Report on the working of the Ranchi Indian Mental Hospital, Kanke, in Bihar and Orissa - 1930-1940
Year: 1930
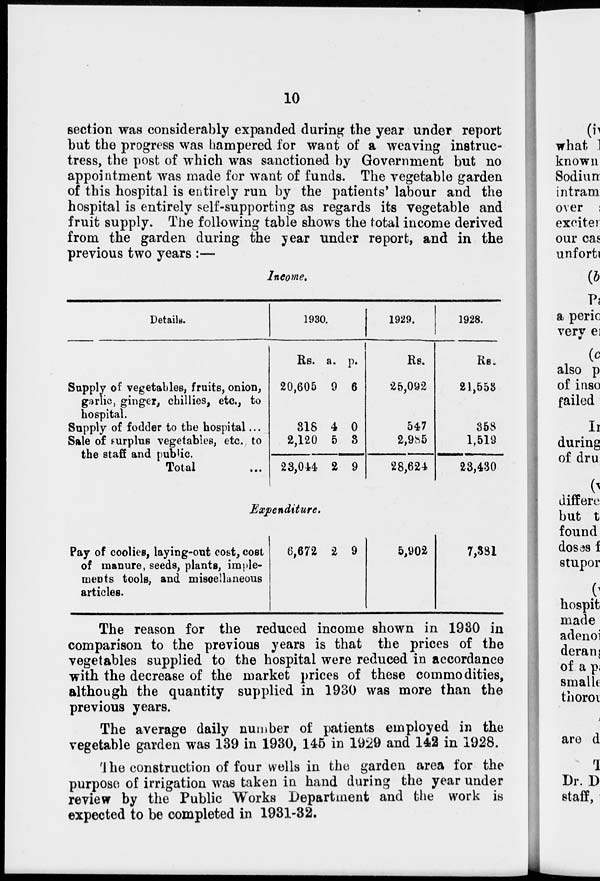
10
section was considerably expanded during the year under report
but the progress was hampered for want of a weaving instruc-
tress, the post of which was sanctioned by Government but no
appointment was made for want of funds. The vegetable garden
of this hospital is entirely run by the patients' labour and the
hospital is entirely self-supporting as regards its vegetable and
fruit supply. The following table shows the total income derived
from the garden during the year under report, and in the
previous two years :—
Income.
Details.
Supply of vegetables, fruits, onion,
garlic, ginger, chillies, etc., to
hospital.
Supply of fodder to the hospital ...
Sale of surplus vegetables, etc. to
the staff and public.
Total ...
1930.
Rs.
20,605
316
2,120
23,044
a.
9
4
5
2
p.
6
0
3
9
1929.
Rs.
25,092
547
2,985
28,624
1928.
Rs.
21,553
358
1,519
23,430
Expenditure.
Pay of coolies, laying-out cost, cost
of manure, seeds, plants, imple-
ments tools, and miscellaneous
articles.
6,672 2 9
5,902
7,381
The reason for the reduced income shown in 1930 in
comparison to the previous years is that the prices of the
vegetables supplied to the hospital were reduced in accordance
with the decrease of the market prices of these commodities,
although the quantity supplied in 1930 was more than the
previous years.
The average daily number of patients employed in the
vegetable garden was 139 in 1930, 145 in 1929 and 142 in 1928.
The construction of four wells in the garden area for the
purpose of irrigation was taken in hand during the year under
review by the Public Works Department and the work is
expected to be completed in 1931-32.